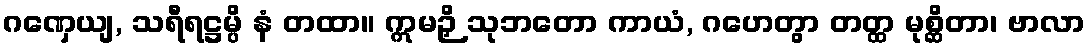
ဂဏှေယျ, သရီရဋ္ဌမ္ပိ နံ တထာ။ ဣမဉှိ သုဘတော ကာယံ, ဂဟေတွာ တတ္ထ မုစ္ဆိတာ၊ ဗာလာ